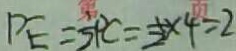
P E = \frac { 1 } { 2 } P C = \frac { 1 } { 2 } \times 4 = 2